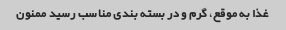
غذا به موقع، گرم و در بسته بندی مناسب رسید ممنون